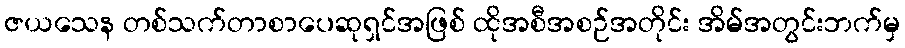
ဇယသေန တစ်သက်တာစာပေဆုရှင်အဖြစ် ထိုအစီအစဉ်အတိုင်း အိမ်အတွင်းဘက်မှ